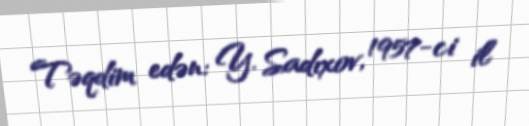
Təqdim edən: Y. Sadıxov, 1957-ci il